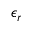
\epsilon _ { r }